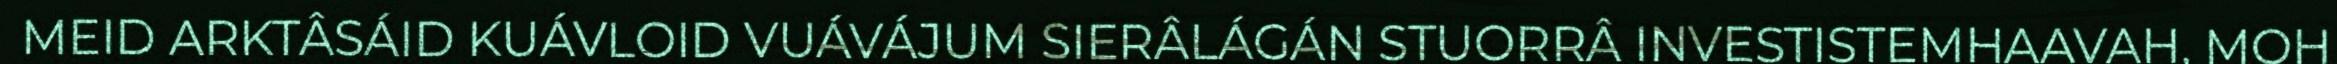
MEID ARKTÂSÁID KUÁVLOID VUÁVÁJUM SIERÂLÁGÁN STUORRÂ INVESTISTEMHAAVAH, MOH